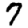
Digit: 7